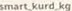
samrt_kurd_kg